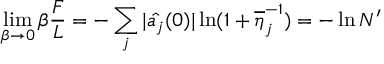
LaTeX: \operatorname * { l i m } _ { \beta \rightarrow 0 } \beta \frac { F } { L } = - \sum _ { j } | \hat { a _ { j } } ( 0 ) | \ln ( 1 + \overline { { { \eta } } } _ { j } ^ { - 1 } ) = - \ln N ^ { \prime }